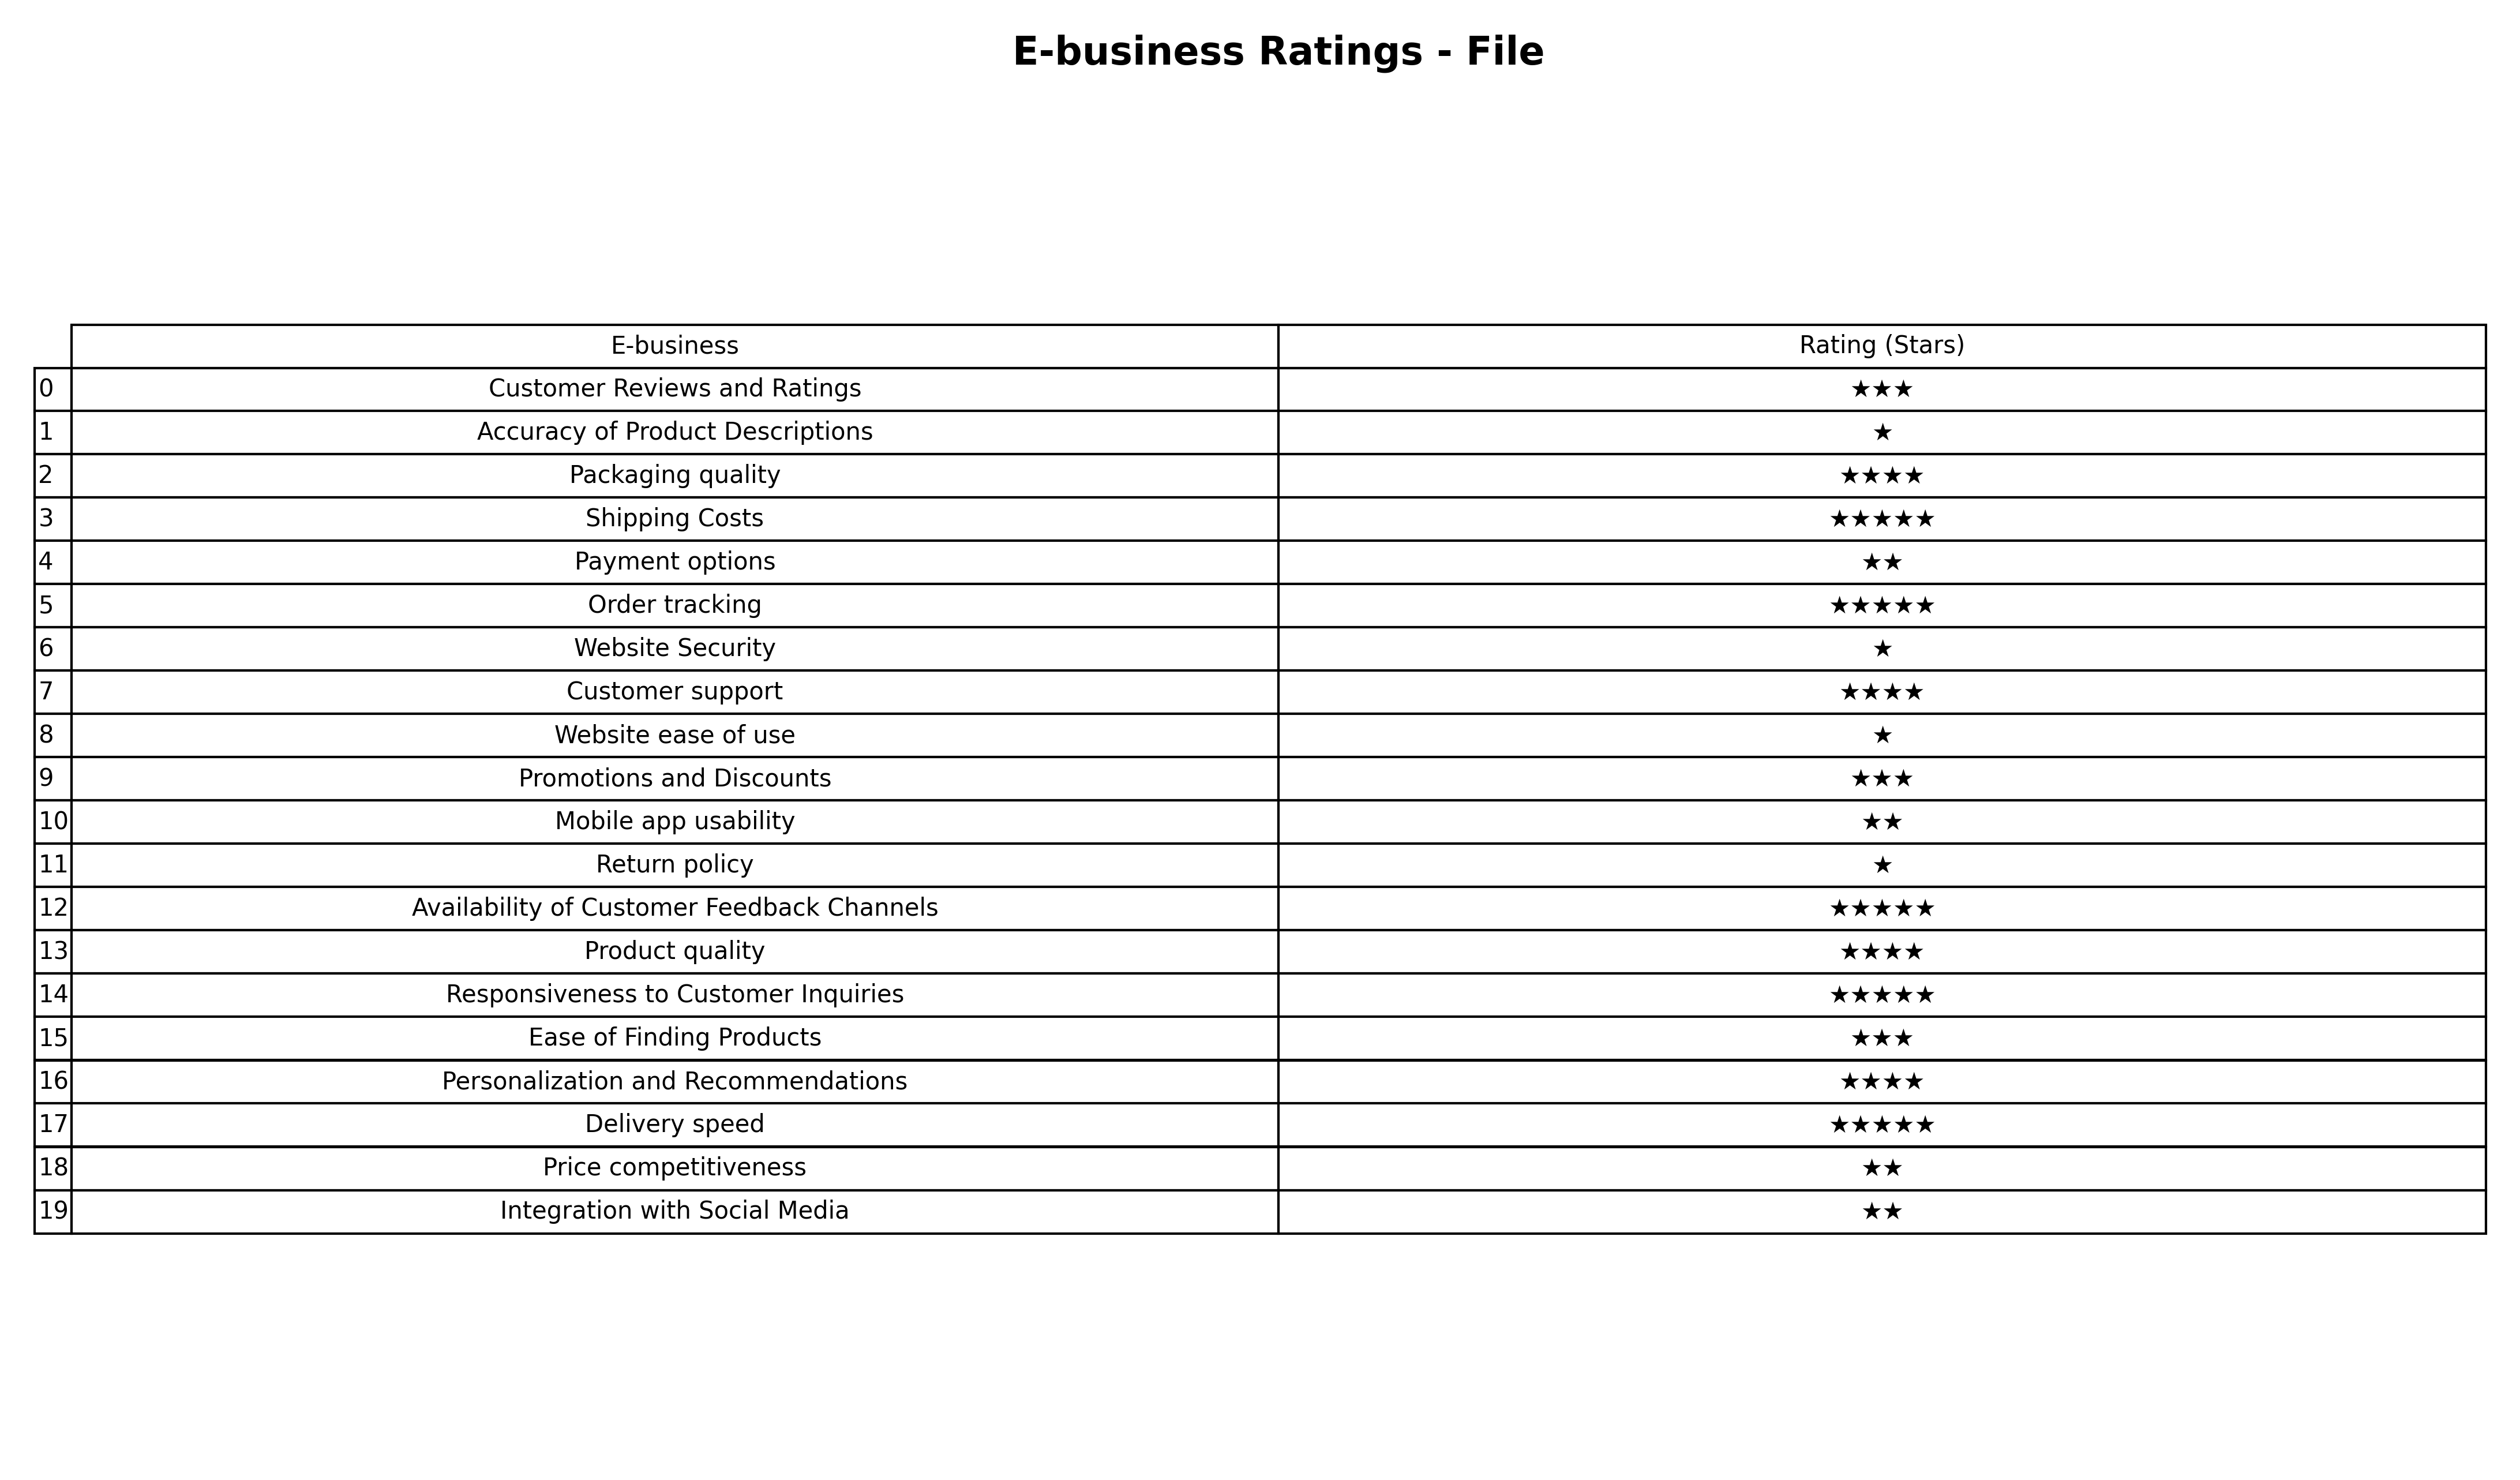
question: What are one star services?
answer: Accuracy of Product DescriptionsWebsite SecurityWebsite ease of useReturn policy